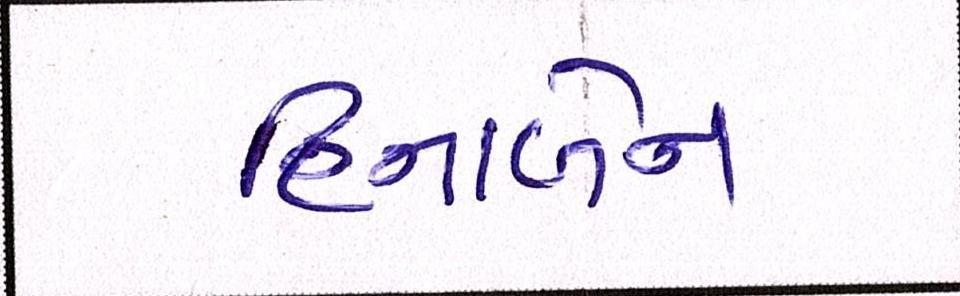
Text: હિનાબેન